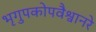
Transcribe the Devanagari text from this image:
भृगुपकोपवैश्वानरे